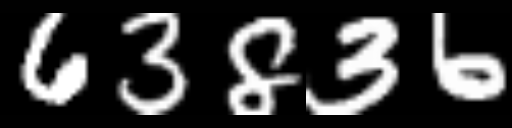
Text: 63836